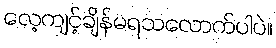
လေ့ကျင့်ချိန်မရသလောက်ပါပဲ။